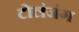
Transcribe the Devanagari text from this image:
टोलंजंग